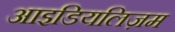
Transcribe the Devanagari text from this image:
आइडियलिज़म